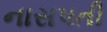
નાસપતી